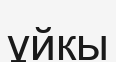
ұйкы